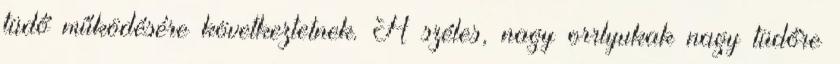
tüdő működésére következtetnek. A széles, nagy orrlyukak nagy tüdőre